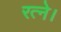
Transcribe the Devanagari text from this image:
रत्ने।